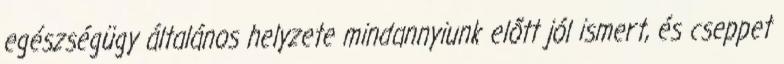
egészségügy általános helyzete mindannyiunk előtt jól ismert, és cseppet